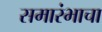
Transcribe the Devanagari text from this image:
समारंभाचा